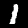
Digit: 1